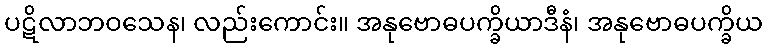
ပဋိလာဘဝသေန၊ လည်းကောင်း။ အနုဗောဓပက္ခိယာဒီနံ၊ အနုဗောဓပက္ခိယ